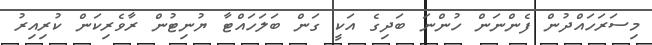
މިސަރަހައްދުން ފެންނަން ހުންނަ ބަދިގެ އަކީ ގަން ބަލަހައްޓާ ޔުނިޓުން ރާވެރިކަން ކުރިއިރު